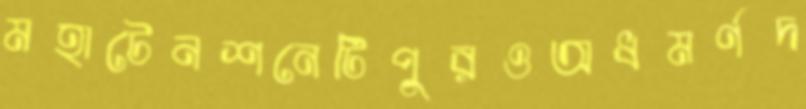
মহাটেনশনেটিপুরওঅধমর্ণদ